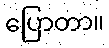
ပြောတာ။